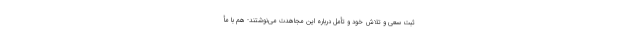
ثبتِ سعی و تلاش خود و تأمل دربارهٔ این مجاهدت می‌نوشتند- هم با مأ